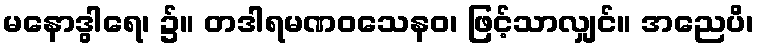
မနောဒွါရေ၊ ၌။ တဒါရမဏဝသေနဝ၊ ဖြင့်သာလျှင်။ အညေပိ၊